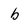
Character: b